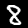
Label: 8